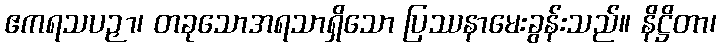
ဧကရသပဉှာ၊ တခုသောအရသာရှိသော ပြဿနာမေးခွန်းသည်။ နိဋ္ဌိတာ၊